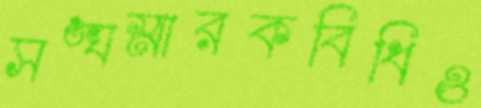
সঙ্ঘস্মারকবিধিও